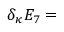
\delta _ { \kappa } E _ { 7 } =